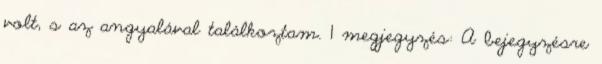
volt, s az angyalával találkoztam. 1 megjegyzés: A bejegyzésre